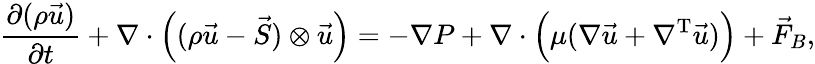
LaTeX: \frac{\partial(\rho\vec{u})}{\partial t}+\nabla\cdot\Big((\rho\vec{u}-\vec{S})\otimes\vec{u}\Big)=-\nabla P+\nabla\cdot\Big(\mu(\nabla\vec{u}+\nabla^{\mathrm{T}}\vec{u})\Big)+\vec{F}_{B},